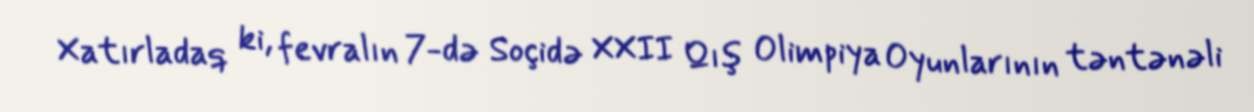
Xatırladaq ki, fevralın 7-də Soçidə XXII Qış Olimpiya Oyunlarının təntənəli